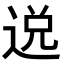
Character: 𨓚